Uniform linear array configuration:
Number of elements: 16
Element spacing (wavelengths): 0.75
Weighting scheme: uniform
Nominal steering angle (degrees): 0
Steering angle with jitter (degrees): -0.09024
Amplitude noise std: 0.05
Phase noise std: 0.05

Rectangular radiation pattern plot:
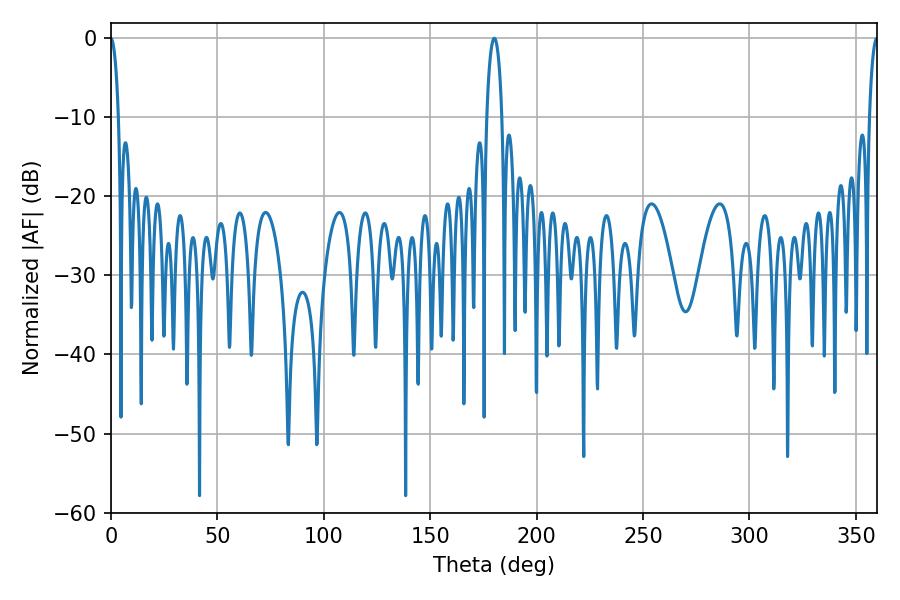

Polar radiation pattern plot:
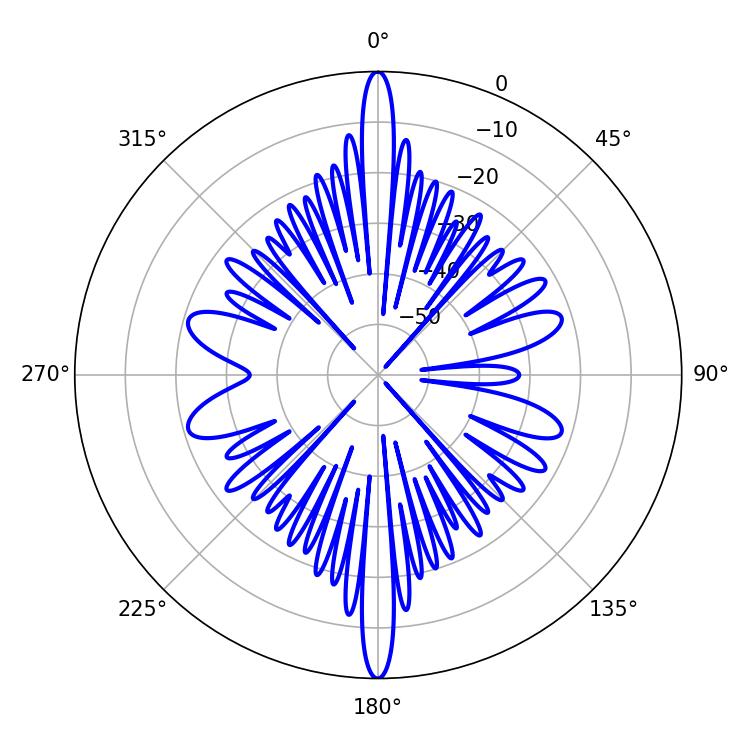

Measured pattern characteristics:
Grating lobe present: TRUE
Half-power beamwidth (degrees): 2.16
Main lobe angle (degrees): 359.82